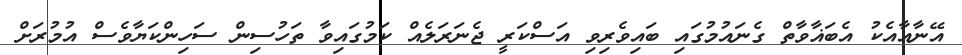
އޭނާއާއެކު އެބަޣާވާތް ގެނައުމުގައި ބައިވެރިވި އަސްކަރީ ޖެނަރަލެއް ކަމުގައިވާ ތަހުސިން ސަހިންކަޔާވެސް އުމުރަށް